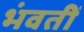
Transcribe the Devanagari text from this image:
भंवतीं